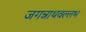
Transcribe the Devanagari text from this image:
जगन्नाथवल्लभ